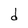
Character: d